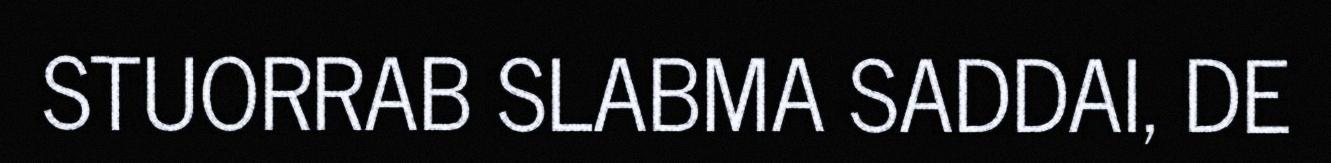
STUORRAB SLABMA SADDAI, DE